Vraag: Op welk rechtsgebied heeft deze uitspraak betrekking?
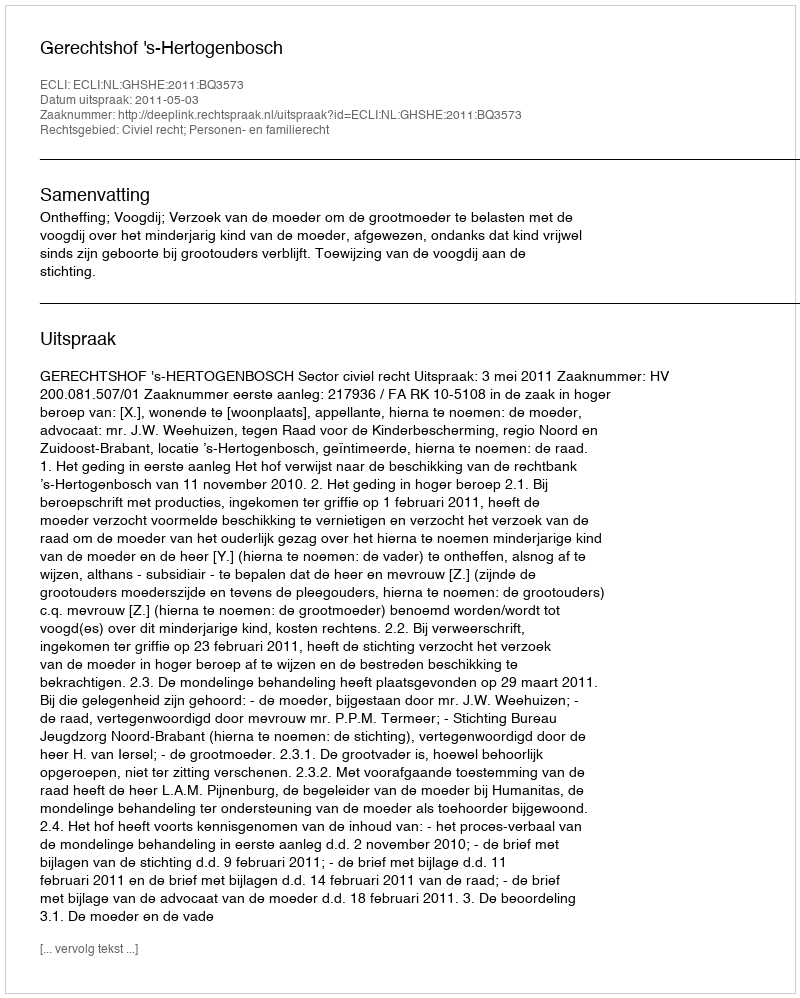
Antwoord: Civiel recht; Personen- en familierecht